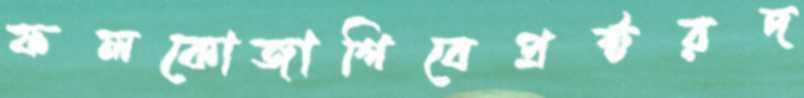
ফলকোজাগিবেপ্রক্টরদ